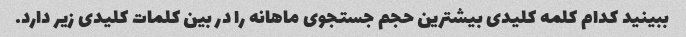
ببینید کدام کلمه کلیدی بیشترین حجم جستجوی ماهانه را در بین کلمات کلیدی زیر دارد.